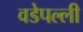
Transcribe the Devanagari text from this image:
वडेपल्‍ली